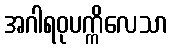
အဂါရဝုပက္ကိလေသာ